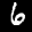
Label: 6